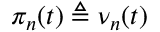
\pi _ { n } ( t ) \triangleq \nu _ { n } ( t )